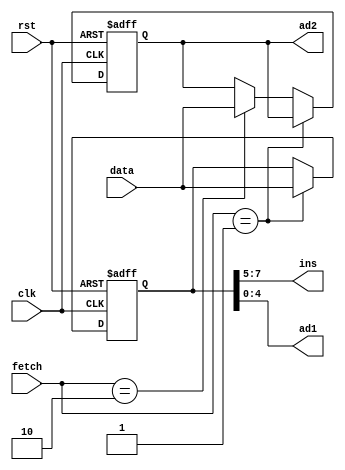
`timescale 1ns / 1ps
//////////////////////////////////////////////////////////////////////////////////
// Company: 
// Engineer: 
// 
// Design Name: 
// Module Name: ins_reg
// Project Name: 
// Target Devices: 
// Tool Versions: 
// Description: 
// 
// Dependencies: 
// 
// Revision:
// Revision 0.01 - File Created
// Additional Comments:
// 
//////////////////////////////////////////////////////////////////////////////////


module ins_reg(data, fetch, clk, rst, ins, ad1, ad2); // instruction register
input clk, rst;
input [1:0] fetch;
input [7:0] data;
output [2:0] ins;
output [4:0] ad1;
output [7:0] ad2;

reg [7:0] ins_p1, ins_p2;
reg [2:0] state;

assign ins = ins_p1[7:5]; 
assign ad1 = ins_p1[4:0]; 
assign ad2 = ins_p2;

always @(posedge clk or negedge rst) begin
	if(!rst) begin
		ins_p1 <= 8'd0;
		ins_p2 <= 8'd0;
	end
	else begin
		if(fetch==2'b01) begin			
			ins_p1 <= data;
			ins_p2 <= ins_p2;
		end
		else if(fetch==2'b10) begin		
			ins_p1 <= ins_p1;
			ins_p2 <= data;
		end
		else begin
			ins_p1 <= ins_p1;
			ins_p2 <= ins_p2;
		end
	end
end


endmodule